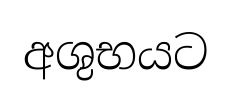
අශුභයට